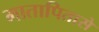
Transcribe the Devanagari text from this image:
मातापितासे